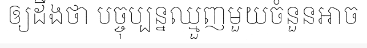
ឲ្យដឹងថា បច្ចុប្បន្នឈ្មួញមួយចំនួនអាច